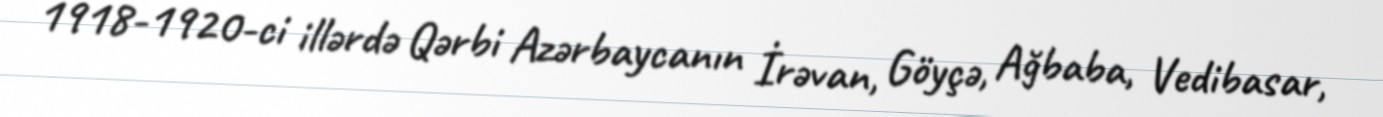
1918-1920-ci illərdə Qərbi Azərbaycanın İrəvan, Göyçə, Ağbaba, Vedibasar,